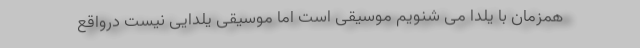
همزمان با یلدا می شنویم موسیقی است اما موسیقی یلدایی نیست درواقع